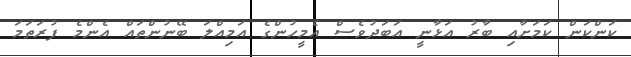
ކަންކަން ކަމަށާއި ބާރު އަޅާނީ އަބަދުވެސް އެމީހުންގެ އަމިއްލަ ބޭނުންތައް އެންމެ ފުރަތަމަ